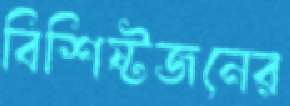
বিশিষ্টজনের